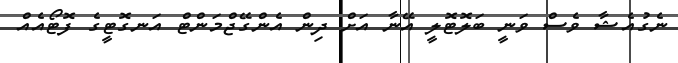
ނެގުއެޝާ ވެސް ވަނީ ބަލޮޓޮލީ އޭނާ އަށް ދިން އެންގޭޖްމަންޓް އަނގޮޓީގެ ފޮޓޯއެއް